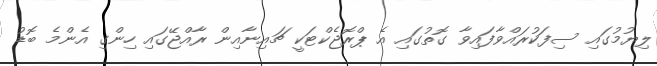
ލިޔުމުގައި ސިފަކުރައްވާފައިވާ ގޮތުގައި އެ ޕްރޮޖެކްޓަކީ ޗައިނާއިން ރާއްޖޭގައި ހިންގި އެންމެ ބޮޑު